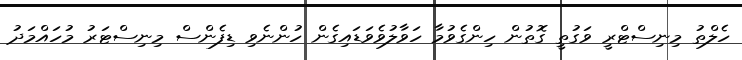
ހެލްތު މިނިސްޓްރީ ވަގުތީ ގޮތުން ހިންގެވުމާ ހަވާލުވެވަޑައިގެން ހުންނެވި ޑިފެންސް މިނިސްޓަރު މުހައްމަދު